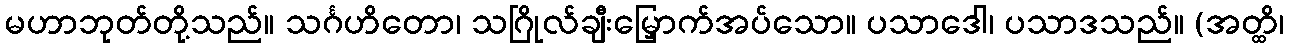
မဟာဘုတ်တို့သည်။ သင်္ဂဟိတော၊ သဂြိုလ်ချီးမြှောက်အပ်သော။ ပသာဒေါ၊ ပသာဒသည်။ (အတ္ထိ၊